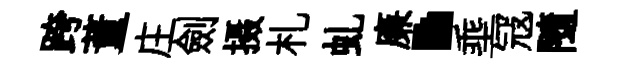
跨董庄劍摄札虬廉·埀冦隨